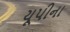
યૂપીના